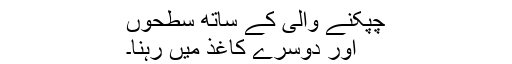
چپکنے والی کے ساتھ سطحوں
اور دوسرے کاغذ میں رہنا۔